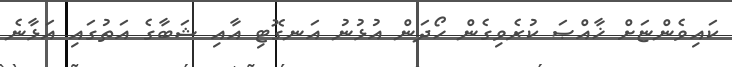
ކައިވެންޏަށް ޚާއްޞަ ކުރެވިގެން ހޯދަން އުޅުނު އަނގޮޓި އާއި ޝަބާގެ އަތުގައި އަޅާނެ